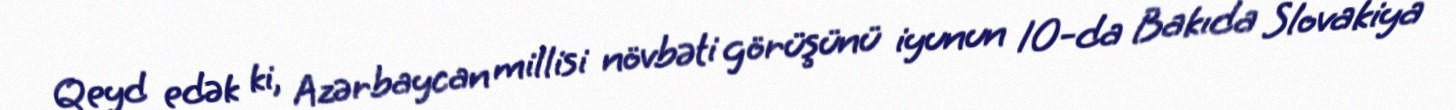
Qeyd edək ki, Azərbaycan millisi növbəti görüşünü iyunun 10-da Bakıda Slovakiya